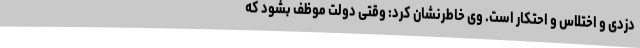
دزدی و اختلاس و احتکار است. وی خاطرنشان کرد: وقتی دولت موظف بشود که